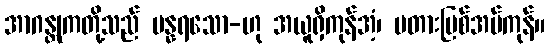
အာဂန္တုကတို့သည် ပန္နရသော-ဟု အယူရှိကုန်အံ့၊ မတားမြစ်အပ်ကုန်။